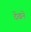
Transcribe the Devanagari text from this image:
देंखने